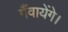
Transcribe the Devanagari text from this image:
गँवायेंगे।